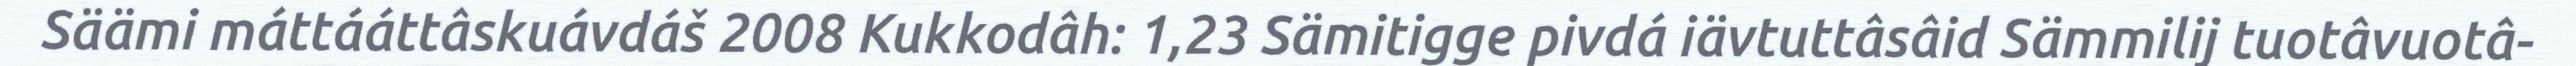
Säämi máttááttâskuávdáš 2008 Kukkodâh: 1,23 Sämitigge pivdá iävtuttâsâid Sämmilij tuotâvuotâ-